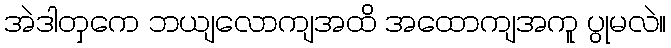
အဲဒါတှကေ ဘယျလောကျအထိ အထောကျအကူ ပွုမလဲ။